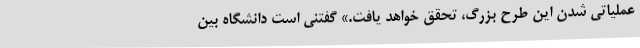
عملیاتی شدن این طرح بزرگ، تحقق خواهد یافت.» گفتنی است دانشگاه بین